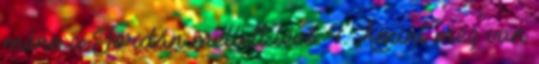
méne a Jordán mellett lévő 4. Amint meg van